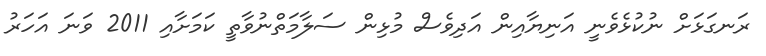
ރަނގަޅަށް ނުކުޅެވެނީ އަނިޔާއިން އަދިވެސް މުޅިން ސަލާމަތްނުވާތީ ކަމަށާއި 2011 ވަނަ އަހަރު